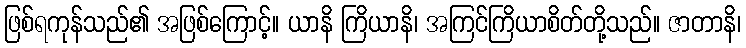
ဖြစ်ရကုန်သည်၏ အဖြစ်ကြောင့်။ ယာနိ ကြိယာနိ၊ အကြင်ကြိယာစိတ်တို့သည်။ ဇာတာနိ၊